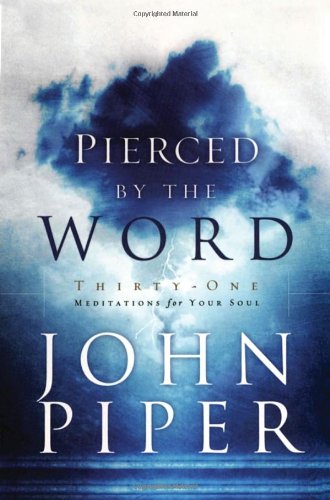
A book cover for Pierced by the Word: Thirty-One Meditations for Your Soul; John Piper; Religion & Spirituality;